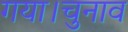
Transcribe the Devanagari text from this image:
गया।चुनाव